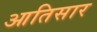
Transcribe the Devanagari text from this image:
आतिसार